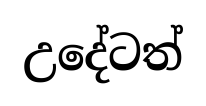
උදේටත්